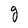
Character: g